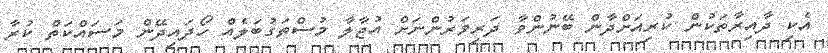
އެކި ދާއިރާތަކުން ކުރިއަށްދާން ބޭނުންވާ ދަރިވަރުންނަށް އުޖާލާ މުސްތަގުބަލެއް ހޯދައިދޭން މަސައްކަތް ކުރާ